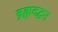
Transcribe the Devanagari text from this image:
ब्रह्मवद्धन